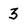
Character: 3